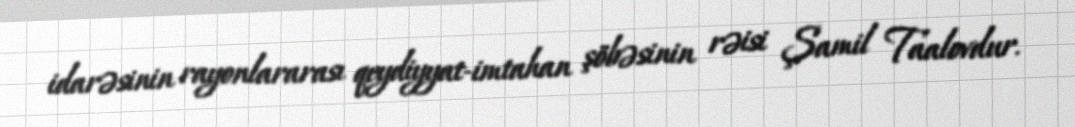
idarəsinin rayonlararası qeydiyyat-imtahan şöbəsinin rəisi Şamil Taalovdur.